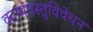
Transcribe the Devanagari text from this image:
काव्यवस्तुविवेचन